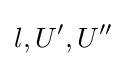
l,U^{\prime },U^{\prime \prime }